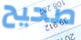
صحيح